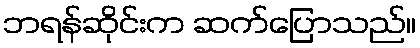
ဘရန်ဆိုင်းက ဆက်ပြောသည်။